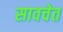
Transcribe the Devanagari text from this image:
सावचेत